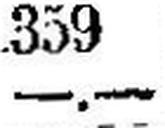
—.—